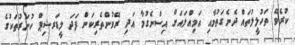
ކުރެވޭ ތަހުލީލުތައް ދެނެގަތުމާއި އަމިއްލައަށް އިސްނެގުމާ އަދި ރޭވުންތެރިކަން ފަދަ ލީޑަރޝިޕް ހުނަރުތަކުގެ